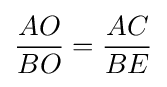
{\frac {AO}{BO}}={\frac {AC}{BE}}\,\!